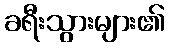
ခရီးသွားများ၏